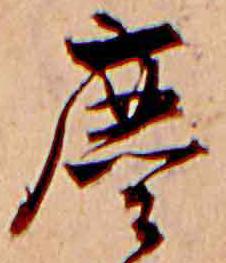
塵